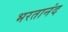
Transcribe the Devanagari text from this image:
भरतानंद